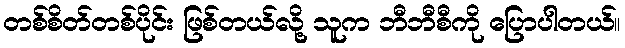
တစ်စိတ်တစ်ပိုင်း ဖြစ်တယ်လို့ သူက ဘီဘီစီကို ပြောပါတယ်။